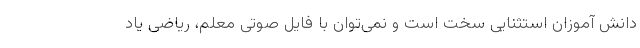
دانش آموزان استثنایی سخت است و نمی‌توان با فایل صوتی معلم، ریاضی یاد